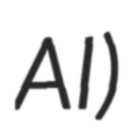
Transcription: AI)